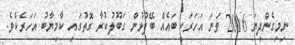
ނިމިގެންދިޔަ 2016 ވަނަ އަހަރަކީ ބައެއް ބޭފުޅުން ގަބޫލުކުރާ ގޮތުގައި ކާމިޔާބު އަހަރެކެވެ.